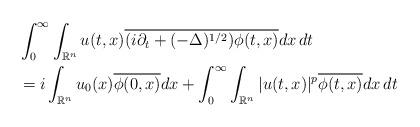
LaTeX: \begin{align*}&\int_0^\infty \int_{\mathbb R^n} u(t,x)\overline{(i \partial_t + (- \Delta)^{1/2}) \phi (t,x) } dx \thinspace dt\\&= i \int_{\mathbb R^n} u_0(x) \overline{\phi (0,x)} dx + \int_0^\infty \int_{\mathbb R^n} |u(t,x)|^p \overline{ \phi(t,x)} dx \thinspace dt\end{align*}